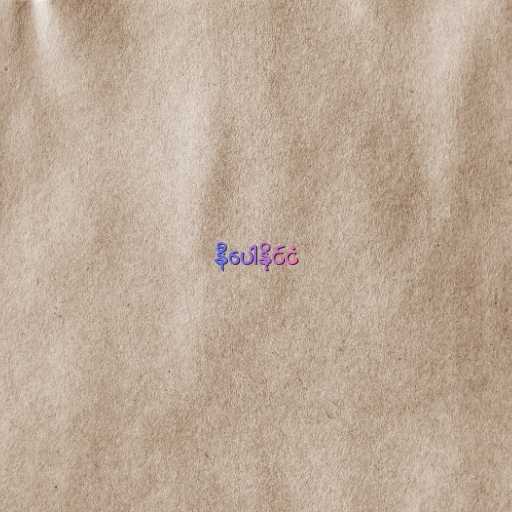
နီပေါနိုင်ငံ